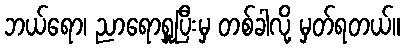
ဘယ်ရော၊ ညာရောရှူပြီးမှ တစ်ခါလို့ မှတ်ရတယ်။